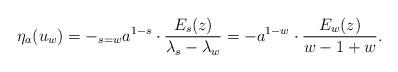
LaTeX: \begin{align*}\eta_a(u_w)= -_{s=w}a^{1-s}\cdot \frac{E_s(z)}{\lambda_s-\lambda_w}=-a^{1-w}\cdot \frac{E_w(z)}{w-1+w}.\end{align*}